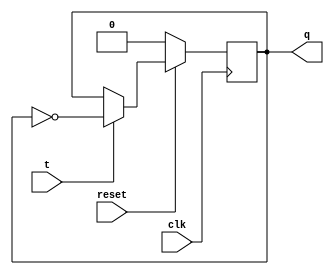
`timescale 1ns / 1ps
//////////////////////////////////////////////////////////////////////////////////
// Company: 
// Engineer: 
// 
// Design Name: 
// Module Name: t_ff
// Project Name: 
// Target Devices: 
// Tool Versions: 
// Description: 
// 
// Dependencies: 
// 
// Revision:
// Revision 0.01 - File Created
// Additional Comments:
// 
//////////////////////////////////////////////////////////////////////////////////


module t_ff( input clk, input reset, input t, output reg q);  
  
  always @ (posedge clk) begin  
    if (!reset)  
      q <= 0;  
    else  
        if (t)  
            q <= ~q;  
        else  
            q <= q;  
  end  
endmodule